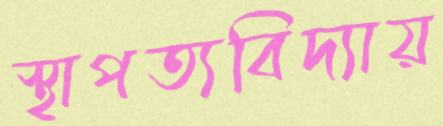
স্থাপত্যবিদ্যায়